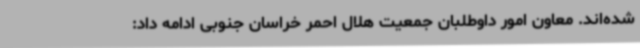
شده‌اند. معاون امور داوطلبان جمعیت هلال احمر خراسان جنوبی ادامه داد: